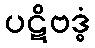
ပဋိဗဒ္ဓံ